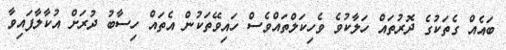
ބައެއް ގެތަކުގެ ދޮރުތައް ހަލާކުވެ ވެހިކަލްތައްވެސް ހައިވޭތަކުން އެތައް ހިސާބު ދުރަށް އުކާލާފައިވާ